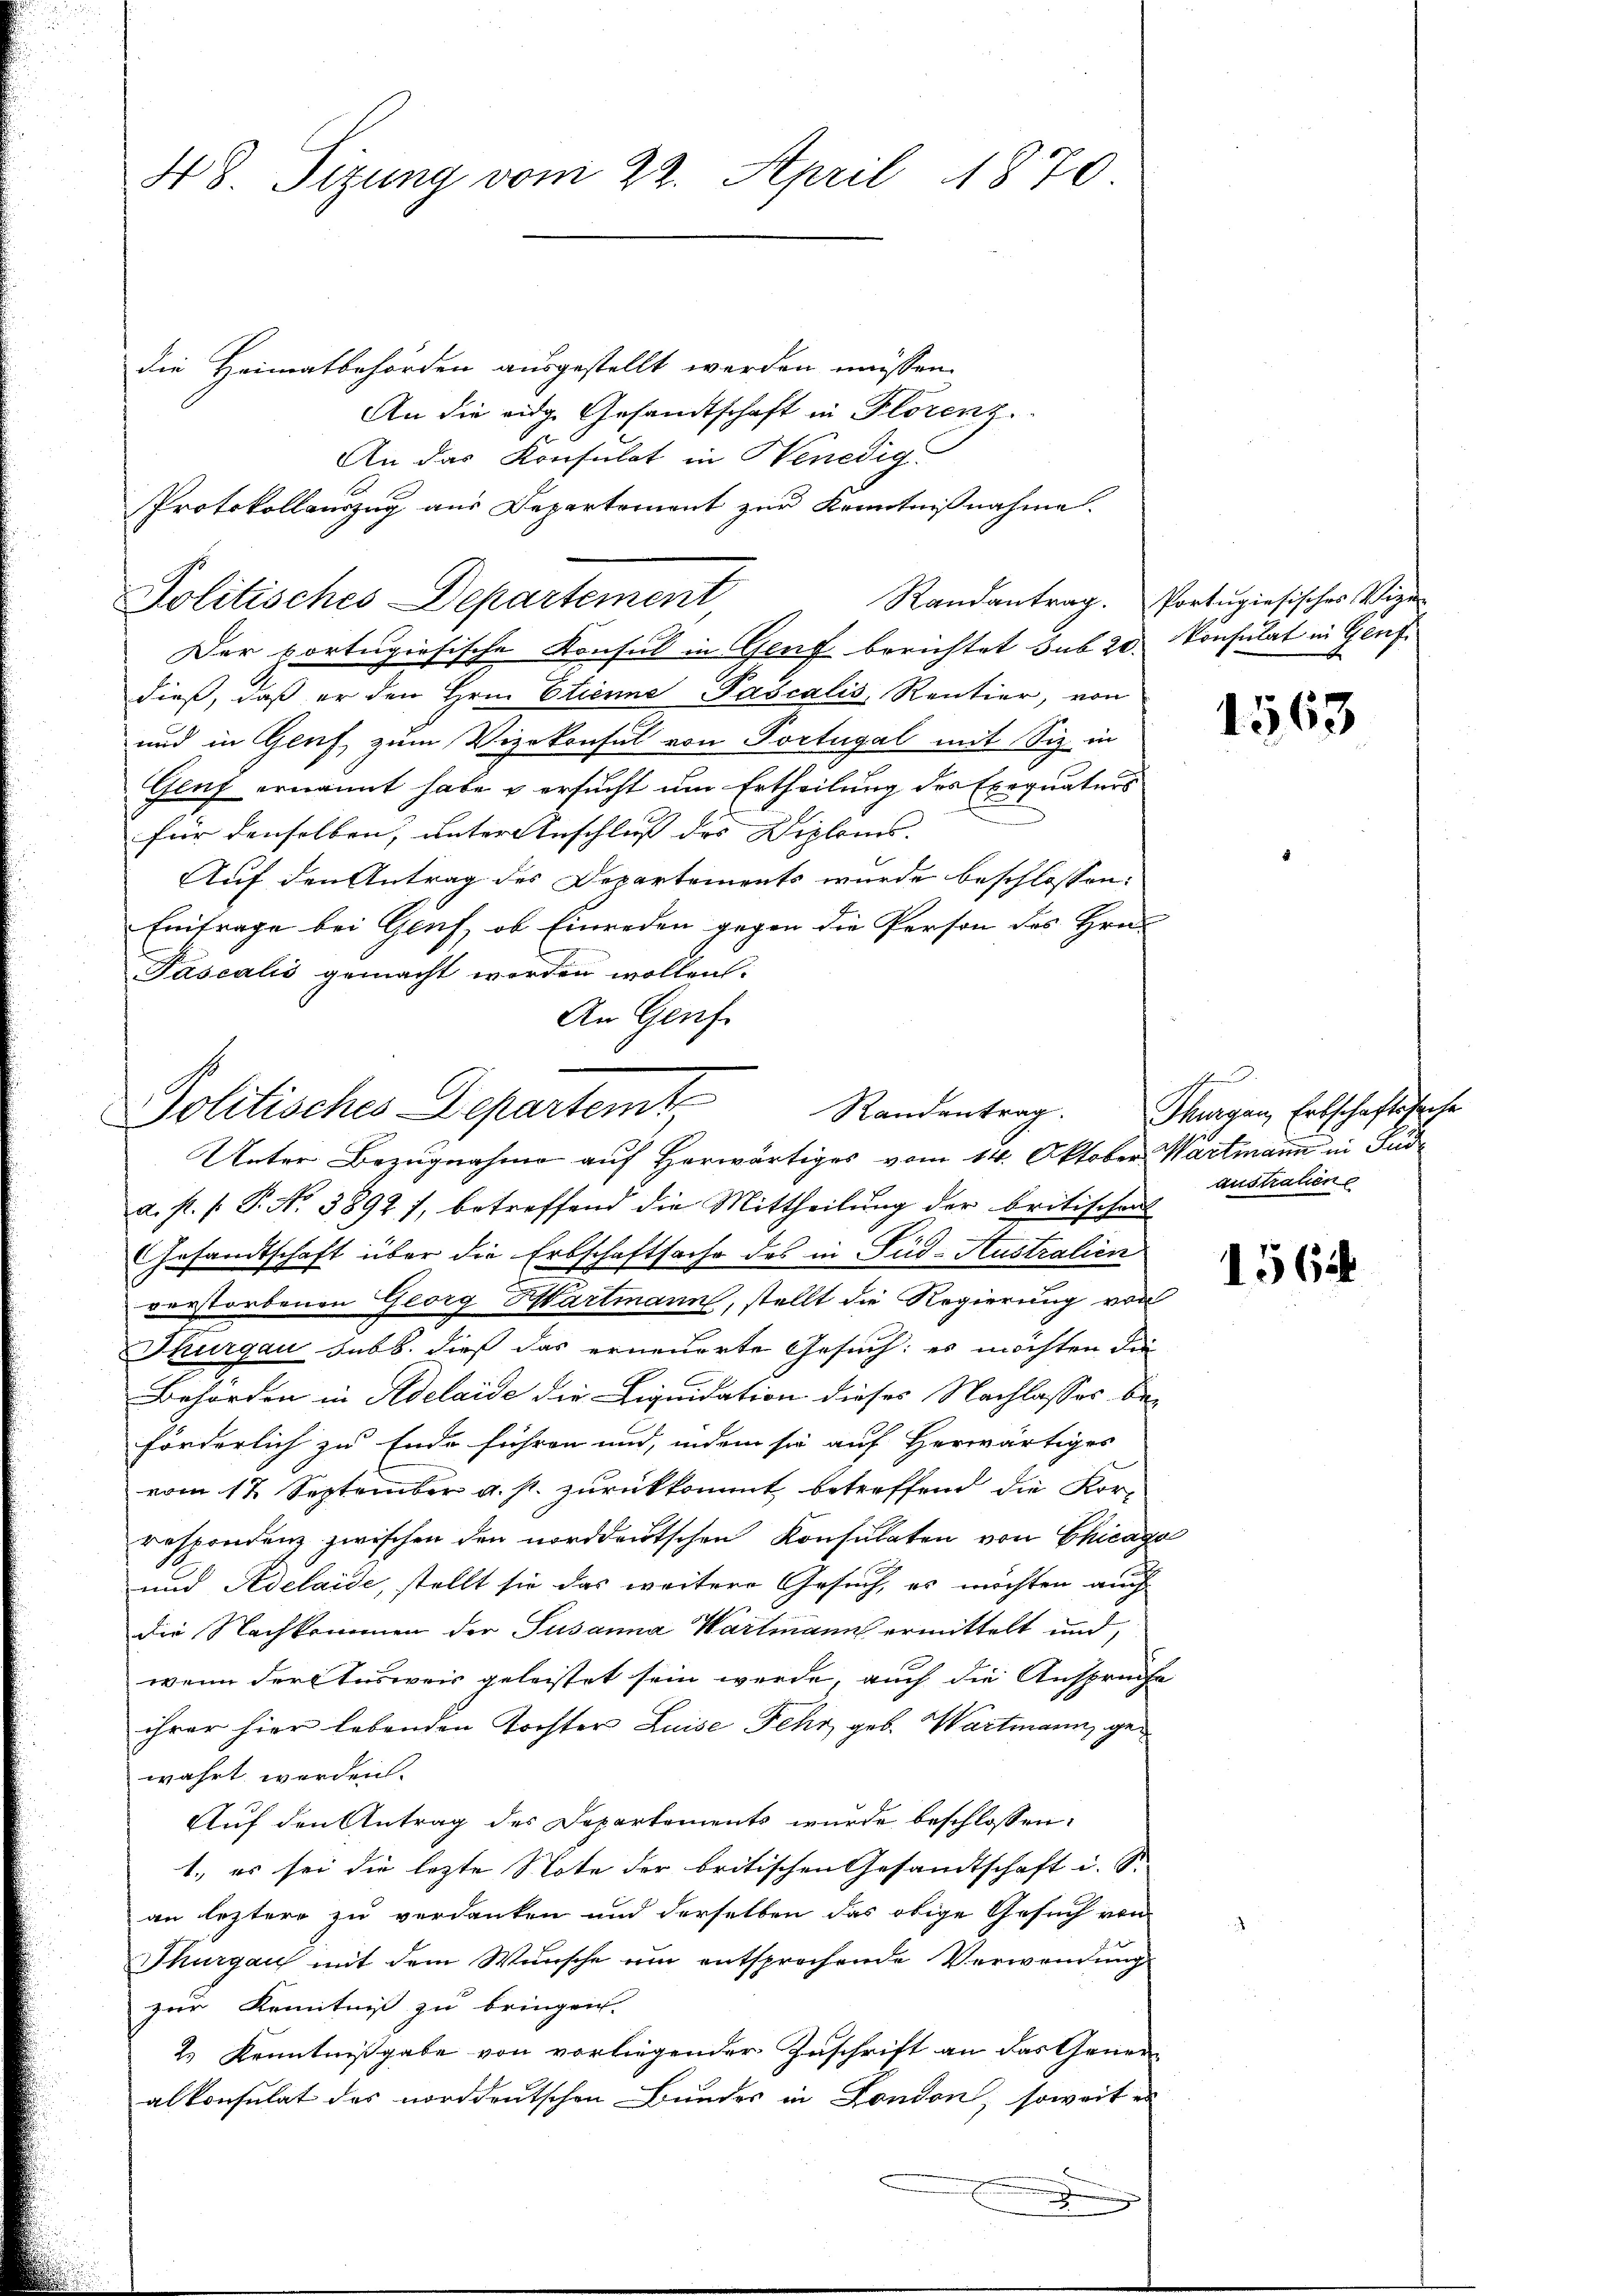
48. Sitzung vom 22. April 1870

Protokollauszug aus Departement zur Kenntnißnahme.
Politisches Departement
Der portugisische Konsul in Genf berichtet sub 20.

die Heimatbehörden ausgestellt werden müssen.
An die eidg. Gesandtschaft in Florenz.
An das Konsulat in Benedig
dieß, daß er den Hrn. Etienne Pascalis, Rentier, von
und in Genf zum Vizekonsul von Portugal mit Siz in
Geuf ernannt habe & ersucht um Ertheilung des Exequaturs
für denselben, unter Anschluss des Diploms. |
Auf den Antrag des Departements wurde beschlossen:
Einfrage bei Genf, ob Einreden gegen die Person des Hrn.
Pascalis gemacht worden wollen.
An Genf
a. s. f. P. Nr. 3892 7, betreffend die Mittheilung der britischens
Gesandtschaft über die Erbschaftsache des in Sud-Australien
verstorbenen Georg Hartmann, stellt die Regierung von
Thurgau sub b. dieß das erneuerte Gesuch: es möchten die
2
Behörden in Adelaide die Liquidation dieses Nachlasses beförderlich zu Ende führen und, indem sie auf Herwärtiges
vom 12. September a. p. zurückkommt betreffend die Kor-
respondenz zwischen den norddeutschen Konsulaten von Chicag
und Adelaide, stellt sie das weitere Gesuch, es möchten auch
die Nachkommen der Susanna Wartmann ermittelt und,
wenn der Ausweis geleistet sein werde, auch die Anspruche
ihrer hier lebenden Tochter Luise Fehr geb. Wartmann, gewahrt werden.
Auf den Antrag des Departements wurde beschlossen:
1., es sei die lezte Note der britischen Gesandtschaft i. S.
an leztere zu verdanken und derselben das obige Gesuch von
Thurgau mit dem Wunsche um entsprochende Verwendung
zur Kenntniß zu bringen.
2.) Kenntnißgabe von vorliegender Zuschrift an das Gener
alkonsulat das norddeutschen Bundes in London, soweit es

Politisches Departemt
Unter Bezugnahme auf Herwärtiges vom 14. Oktober Wartmann in Sud¬

x

Randantrag. Portugisisches Vize
Konsulat in Genf.

1563

t
Randentrag. Thurgau, Erbschaftssache
australien

2

1564